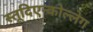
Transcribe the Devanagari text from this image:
स्तूदिएन्कोल्लेग